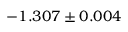
- 1 . 3 0 7 \pm 0 . 0 0 4